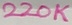
Text: 220K